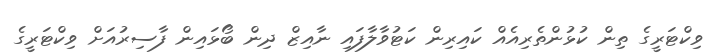
ވިކްޓަރީގެ ތިން ކުޅުންތެރިއެއް ކައިރިން ކަޓުވާލާފައި ނާއިޒް ދިން ބޯޅައިން ފާސިރުއަށް ވިކްޓަރީގެ